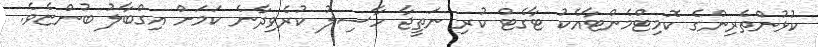
ކުޅުންތެރިންގެ ކޮމިޓްމެންޓާއެކު ޓާގެޓް ކުރި ނަތީޖާ ހާސިލު ކުރެވިދާނެ ކަމަށް އިގްބާލު ބުންޏެވެ.